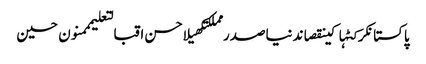
پاکستانکرکٹہاکینقصاندنیاصدر مملکتکھیلاحسن اقبالتعلیمممنون حسین